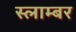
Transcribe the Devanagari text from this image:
स्लाम्बर